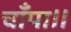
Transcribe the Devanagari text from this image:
चाँपा॥